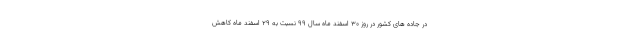
در جاده های کشور در روز ۳۰ اسفند ماه سال ۹۹ نسبت به ۲۹ اسفند ماه کاهش